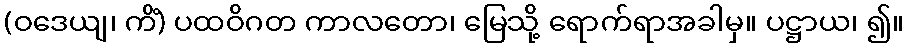
(ဝဒေယျ၊ ကိံ) ပထဝိဂတ ကာလတော၊ မြေသို့ ရောက်ရာအခါမှ။ ပဋ္ဌာယ၊ ၍။